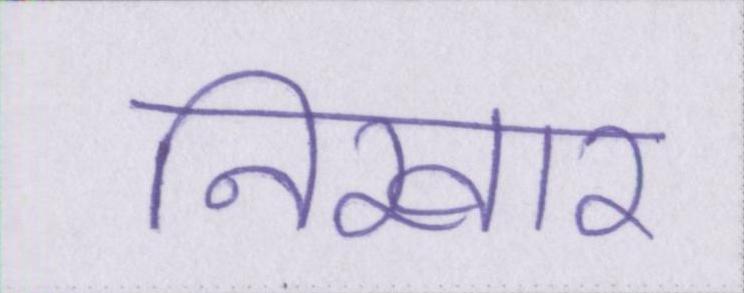
निखार